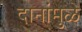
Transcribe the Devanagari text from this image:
दानांमुळे